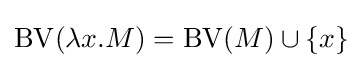
\operatorname {BV} (\lambda x.M)=\operatorname {BV} (M)\cup \{x\}